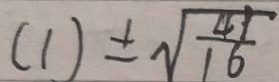
( 1 ) \pm \sqrt { \frac { 4 1 } { 1 6 } }